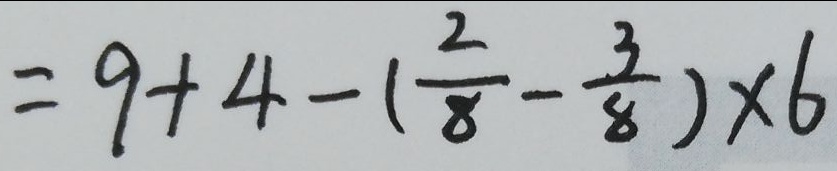
= 9 + 4 - ( \frac { 2 } { 8 } - \frac { 3 } { 8 } ) \times 6